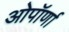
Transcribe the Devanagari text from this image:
ओपॉर्णा